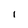
Character: 1